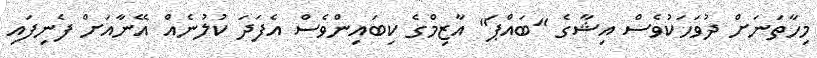
މިހާތަނަށް ދުވަހަކުވެސް އިޝާގެ "ބައްޕަ" އާޒިމްގެ ކިބައިންވެސް އެފަދަ ކުލުނެއް އޭނާއަށް ފެނިފައި